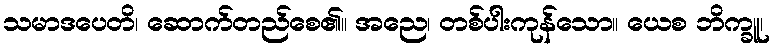
သမာဒပေတိ၊ ဆောက်တည်စေ၏။ အညေ၊ တစ်ပါးကုန်သော။ ယေစ ဘိက္ခူ၊